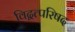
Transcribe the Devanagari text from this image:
विद्वत्परिषद